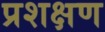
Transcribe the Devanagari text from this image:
प्रशक्षण